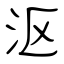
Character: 沤